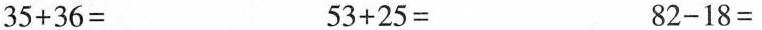
$$3 5 + 3 6 =$$ $$5 3 + 2 5 =$$ $$8 2 - 1 8 =$$